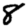
Digit: 8